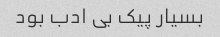
بسیار پیک بی ادب بود